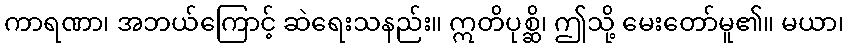
ကာရဏာ၊ အဘယ်ကြောင့် ဆဲရေးသနည်း။ ဣတိပုစ္ဆိ၊ ဤသို့ မေးတော်မူ၏။ မယာ၊